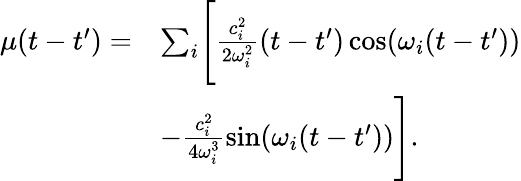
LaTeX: \begin{array}{rl}{\mu(t-t^{\prime})=}&{\sum_{i}\Biggl[\frac{c_{i}^{2}}{2\omega_{i}^{2}}(t-t^{\prime})\cos(\omega_{i}(t-t^{\prime}))}\\ &{-\frac{c_{i}^{2}}{4\omega_{i}^{3}}\sin(\omega_{i}(t-t^{\prime}))\Biggr].}\end{array}